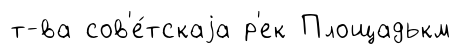
т-ва сов'е́тскаjа р'ек Площадькм